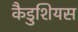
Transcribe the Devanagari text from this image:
कैडुशियस